Note on the mental hospitals in Burma - 1925-1940
Year: 1925
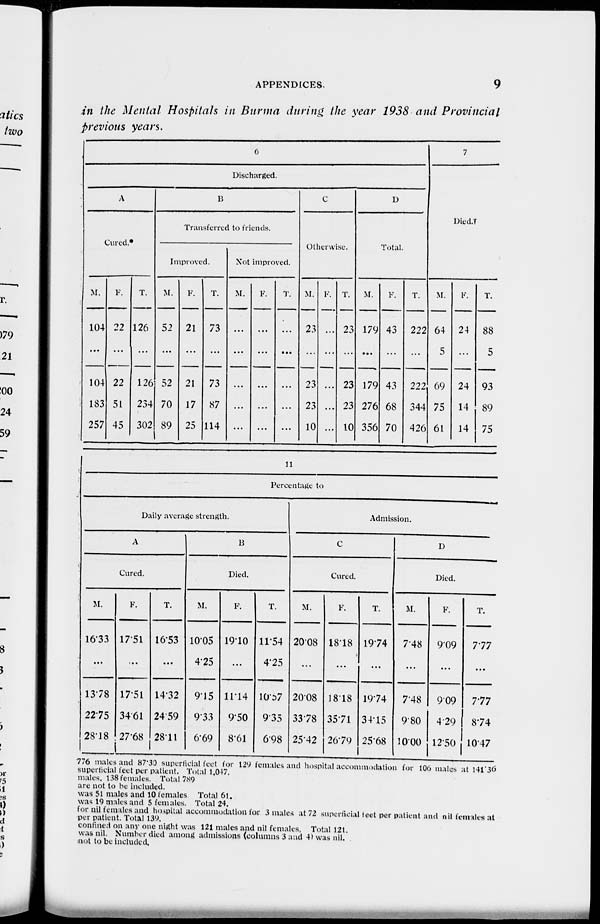
APPENDICES.
9
in the Mental Hospitals in Burma during the year 1938 and Provincial
previous years.
6
Discharged.
A
Cured.
M.
104
...
104
183
257
F.
22
...
22
51
45
T.
126
...
126
234
302
B
Transferred to friends.
Improved.
M.
52
...
52
70
89
F.
21
...
21
17
25
T.
73
...
73
87
114
Not improved.
M.
...
...
...
...
...
F.
...
...
...
...
...
T.
...
...
...
...
...
C
Otherwise.
M.
23
...
23
23
10
F.
...
...
...
...
...
T.
23
...
23
23
10
D
Total.
M.
179
...
179
276
356
F.
43
...
43
68
70
T.
222
...
222
344
426
7
Died.†
M.
64
5
69
75
61
F.
24
...
24
14
14
T.
88
5
93
89
75
11
Percentage to
Daily average strength.
A
Cured.
M.
16.33
...
13.78
22.75
28.18
F.
17.51
...
17.51
34.61
27.68
T.
16.53
...
14.32
24.59
28.11
B
Died.
M.
10.05
4.25
9.15
9.33
6.69
F.
19.10
...
11.14
9.50
8.61
T.
11.54
4.25
10.87
9.35
6.98
Admission.
C
Cured.
M.
20.08
...
20.08
33.78
25.42
F.
18.18
...
18.18
35.71
26.79
T.
19.74
...
19.74
34.15
25.68
D
Died.
M.
7.48
...
7.48
9.80
10.00
F.
9.09
...
9.09
4.29
12.50
T.
7.77
...
7.77
8.74
10.47
776 males and 87.30 superficial feet for 129 females and hospital accommodation for 106 males at 141.36
superficial feet per patient. Total 1,047.
males. 138 females. Total 7.9
are not to be included.
was 51 males and 10 females Total 6t,
was 19 males and 5 females. Total 24.
for nil females and hospital accommodation for 3 males at 72 superficial feet per patient and nil females at
per patient. Total 139.
confined on any one night was 121 males and nil females, Total 121.
was nil. Number died among admissions (columns 3 and 4) was nil.
not to be included.